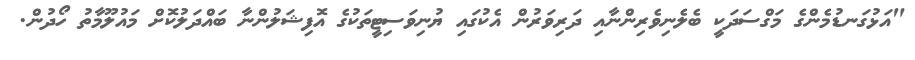
"އަޅުގަނޑުމެންގެ މަގްސަދަކީ ބެލެނިވެރިންނާއި ދަރިވަރުން އެކުގައި ޔުނިވަސިޓީތަކުގެ އޮފިޝަލުންނާ ބައްދަލުކޮށް މައުލޫމާތު ހޯދުން.